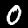
Label: 0